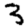
Digit: 3